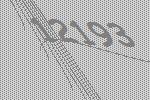
12193